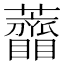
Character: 𧅠